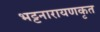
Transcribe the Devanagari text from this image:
भट्टनारायणकृत